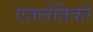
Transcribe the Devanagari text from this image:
एतलेतिको